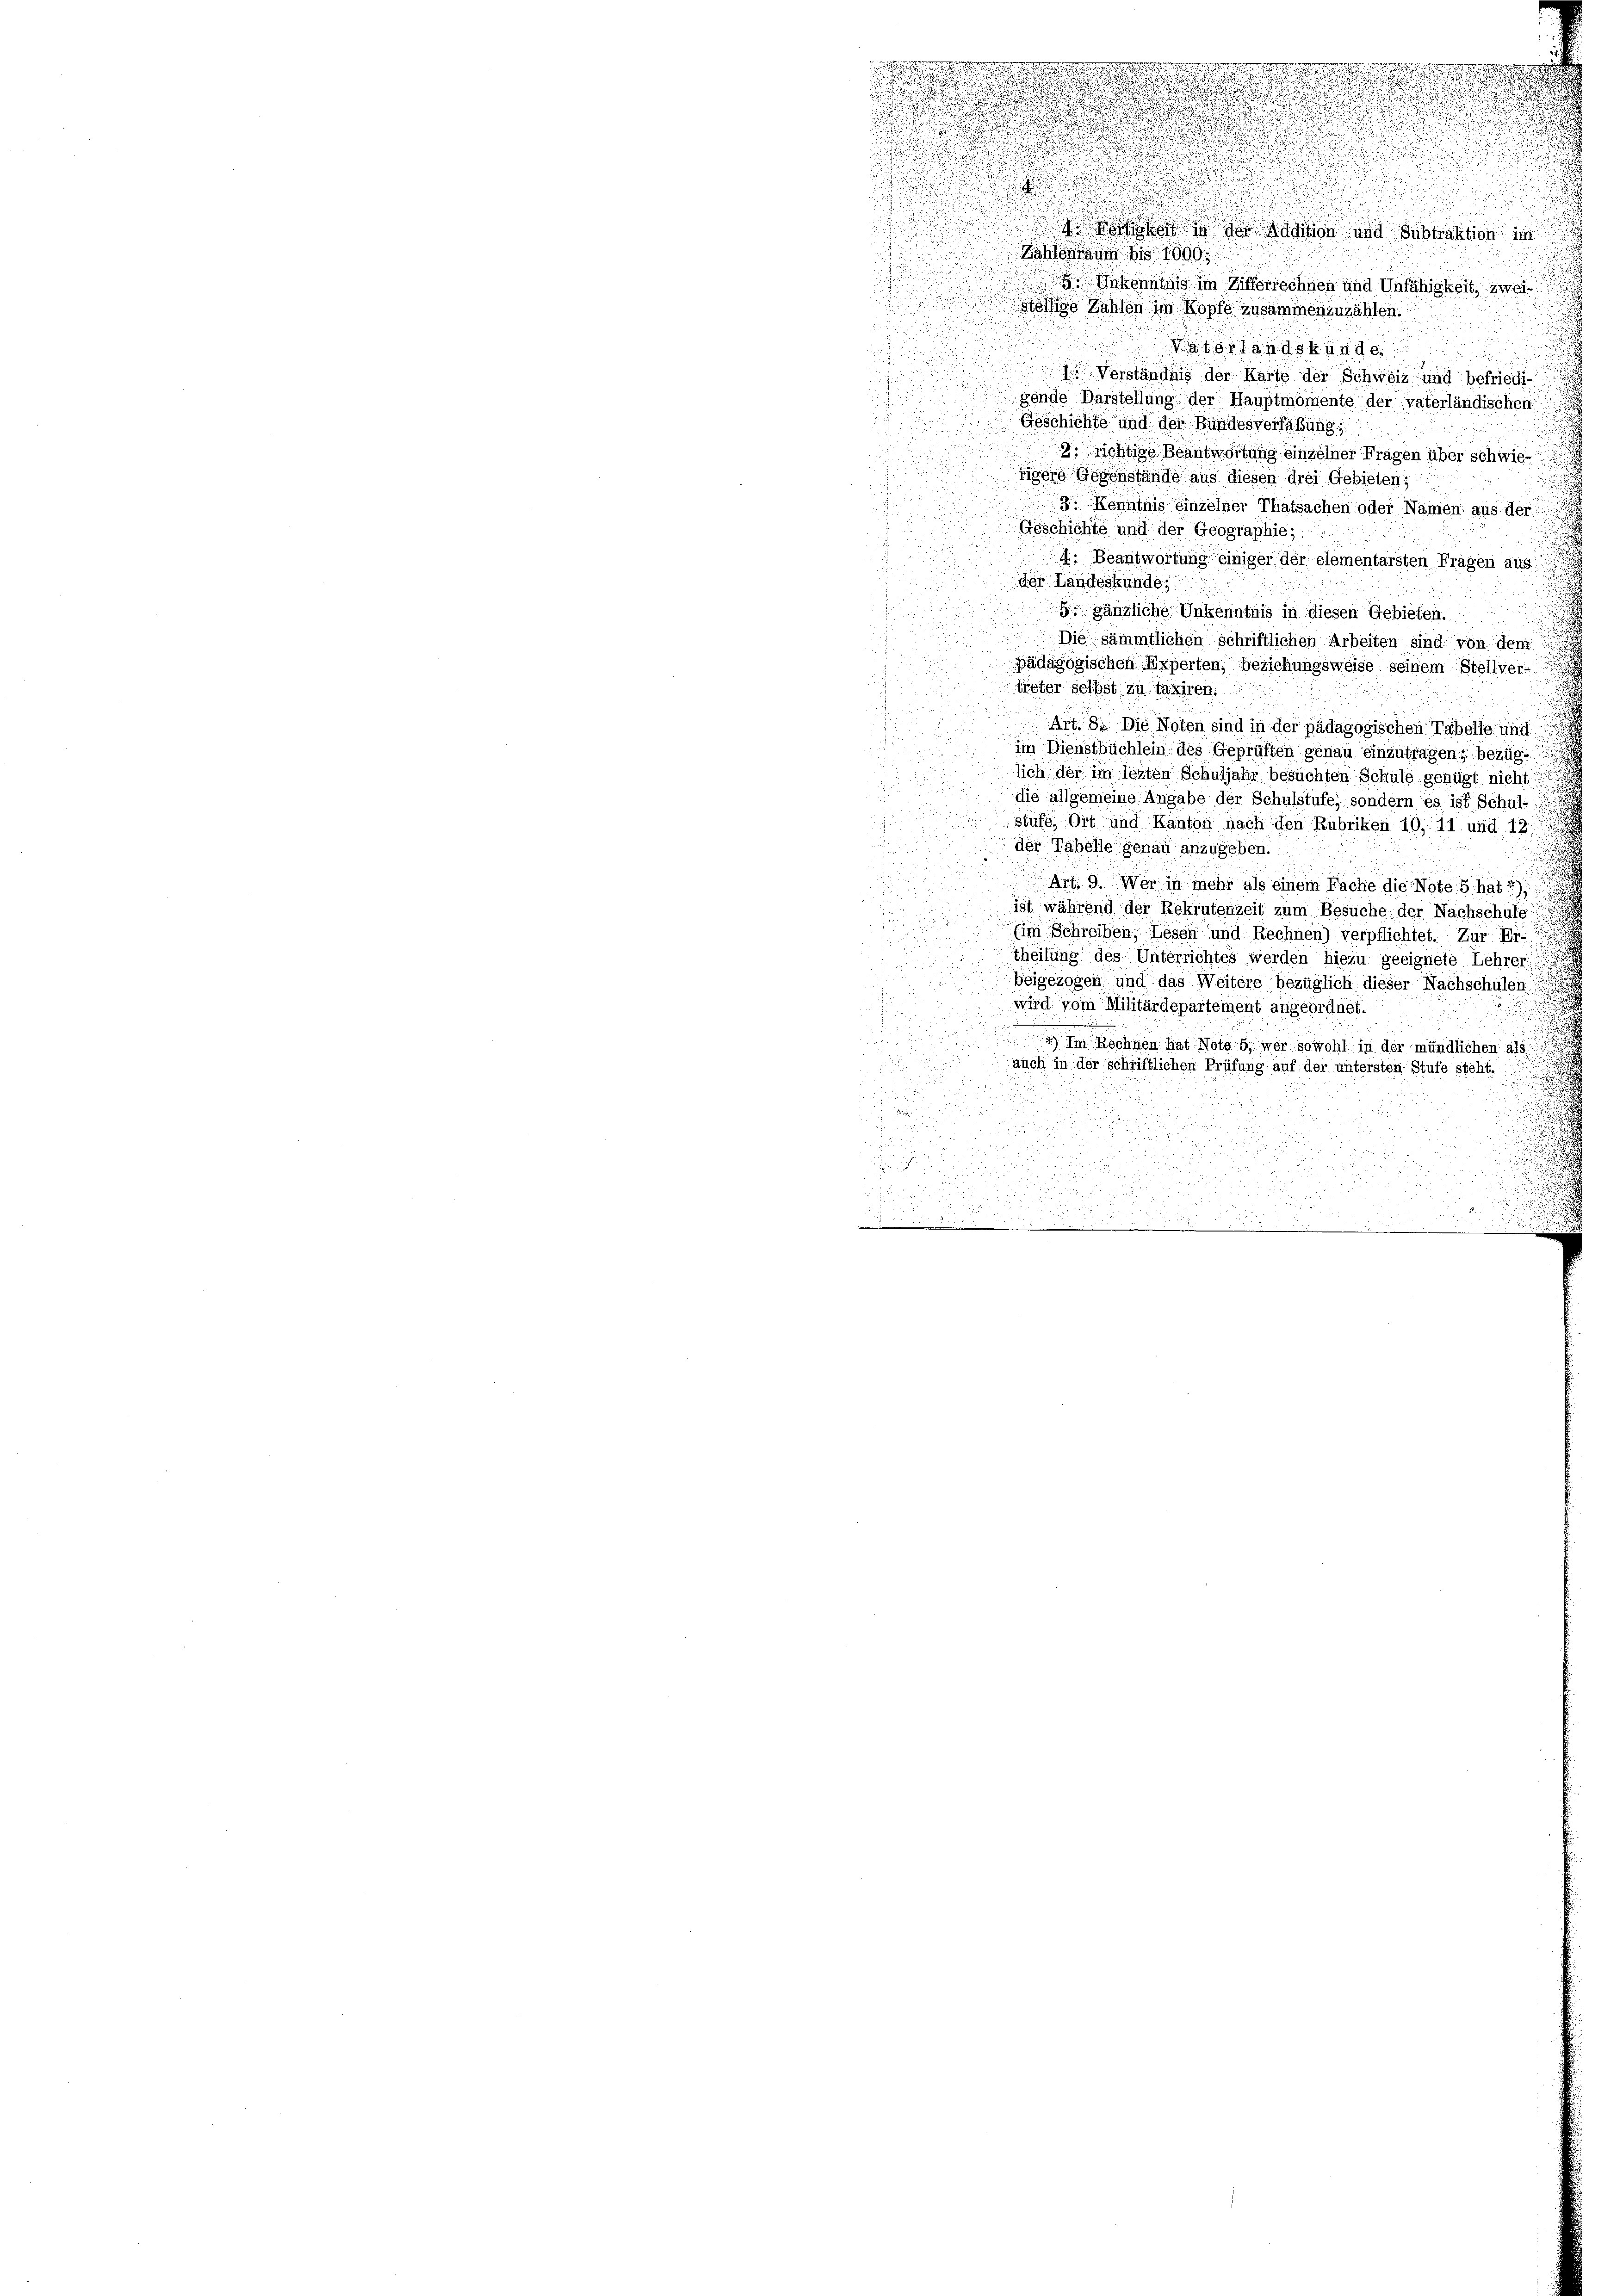
3 in der Addition und Substraktion im
Zählen bis 1000
8 Inkoenntnis im Zifferrechnen und Unfähigkeit, zwei
Stöthige Zahlen im Kopfe zusammenzuzählen.
 atlandskinde
I Verständnis der Karte der Schweiz und befriedi-
gende Darstellung der Hauptmomente der vaterländischen
Geschichte und der Bundesverfaßung,
u
2. richtige Beantwortung einzelner Fragen über schwieigere Gegenstände aus diesen drei Gebieten;
3 Kenntnis einzelner Thatsachen oder Namen aus der
Geschichte und der Geographie,
4: Beantwortung einiger der elementarsten Fragen aus
der Landeskunde,
5 gänzliche Unkenntnis in diesen Gebieten.
Die sämmtlichen schriftlichen Arbeiten sind von den
pädagogischen Experten, beziehungsweise seinem Stellver-
treter selbst zu taxiren.
Art. 8. Die Noten sind in der pädagogischen Tabelle und
im Dienstbüchlein des Geprüften genau einzutragen; bezüglich der im lezten Schuljahr besuchten Schule genügt nicht
die allgemeine Angabe der Schulstufe, sondern es ist Schul-
stufe, Ort und Kanton nach den Rubriken 10, 11. und 12.
der Tabelle genau anzugeben.
Art. 9. Wer in mehr als einem Fache die Note 5 hat 2)
ist während der Rekrutenzeit zum Besuche der Nachschule:
(im Schreiben, Lesen und Rechnen) verpflichtet. Zur Ers
theilung des Unterrichtes werden hiezu geeignete Lehrer
Beigezogen und das Weitere bezüglich dieser Nachschulen
wird vom Militärdepartement angeordnet.
4) Im Rechnen hat Note 5) wer sowohl in der mündlichen als
auch in der schriftlichen Prüfung auf der untersten Stufe steht.
u

.

e